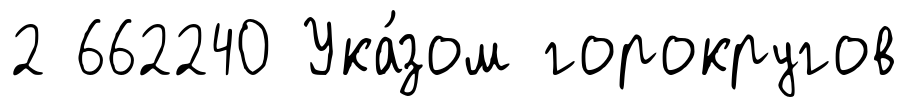
2 662240 Ука́зом горокругов